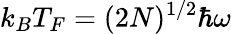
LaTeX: k_{B}T_{F}=(2N)^{1/2}\hbar\omega